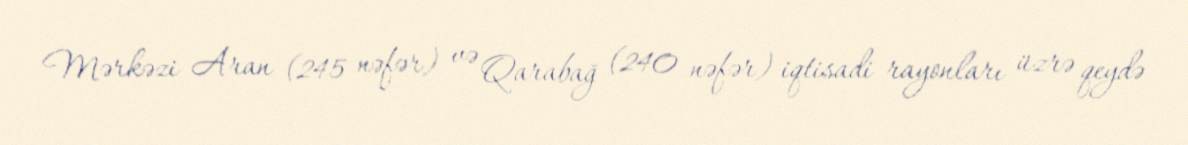
Mərkəzi Aran (245 nəfər) və Qarabağ (240 nəfər) iqtisadi rayonları üzrə qeydə